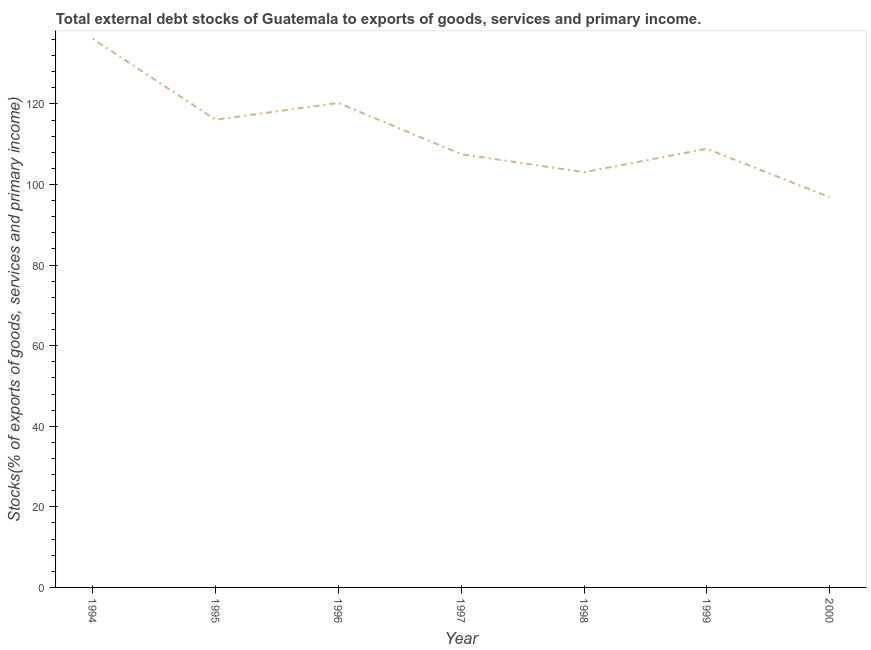
| Year | External debt stocks (% of exports of goods |
 | --- | --- |
 | 1994 | 136 |
 | 1995 | 116 |
 | 1996 | 120 |
 | 1997 | 108 |
 | 1998 | 103 |
 | 1999 | 109 |
 | 2000 | 96.8 |